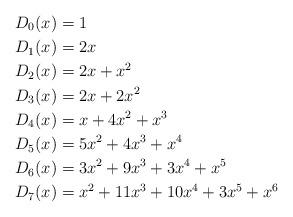
LaTeX: \begin{align*} D_0(x) &= 1 \\ D_1(x) &= 2x \\ D_2(x) &= 2x+x^2 \\ D_3(x) &= 2x+2x^2 \\ D_4(x) &= x+4x^2+x^3 \\ D_5(x) &= 5x^2+4x^3+x^4 \\ D_6(x) &= 3x^2+9x^3+3x^4+x^5\\ D_7(x) &= x^2+11x^3+10x^4+3x^5+x^6\\ \end{align*}